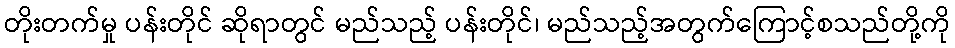
တိုးတက်မှု ပန်းတိုင် ဆိုရာတွင် မည်သည့် ပန်းတိုင်၊ မည်သည့်အတွက်ကြောင့်စသည်တို့ကို